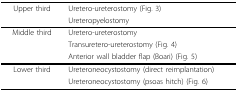
| Upper third | Uretero-ureterostomy (Fig. 3) |
 |  | Ureteropyelostomy |
 | --- | --- |
 | Middle third | Uretero-ureterostomy |
 |  | Transuretero-ureterostomy (Fig. 4) |
 |  | Anterior wall bladder flap (Boari) (Fig. 5) |
 | Lower third | Ureteroneocystostomy (direct reimplantation) |
 |  | Ureteroneocystostomy (psoas hitch) (Fig. 6) |